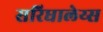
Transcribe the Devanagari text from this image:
सरिधालेय्स